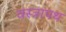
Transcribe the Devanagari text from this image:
वस्त्रापथ